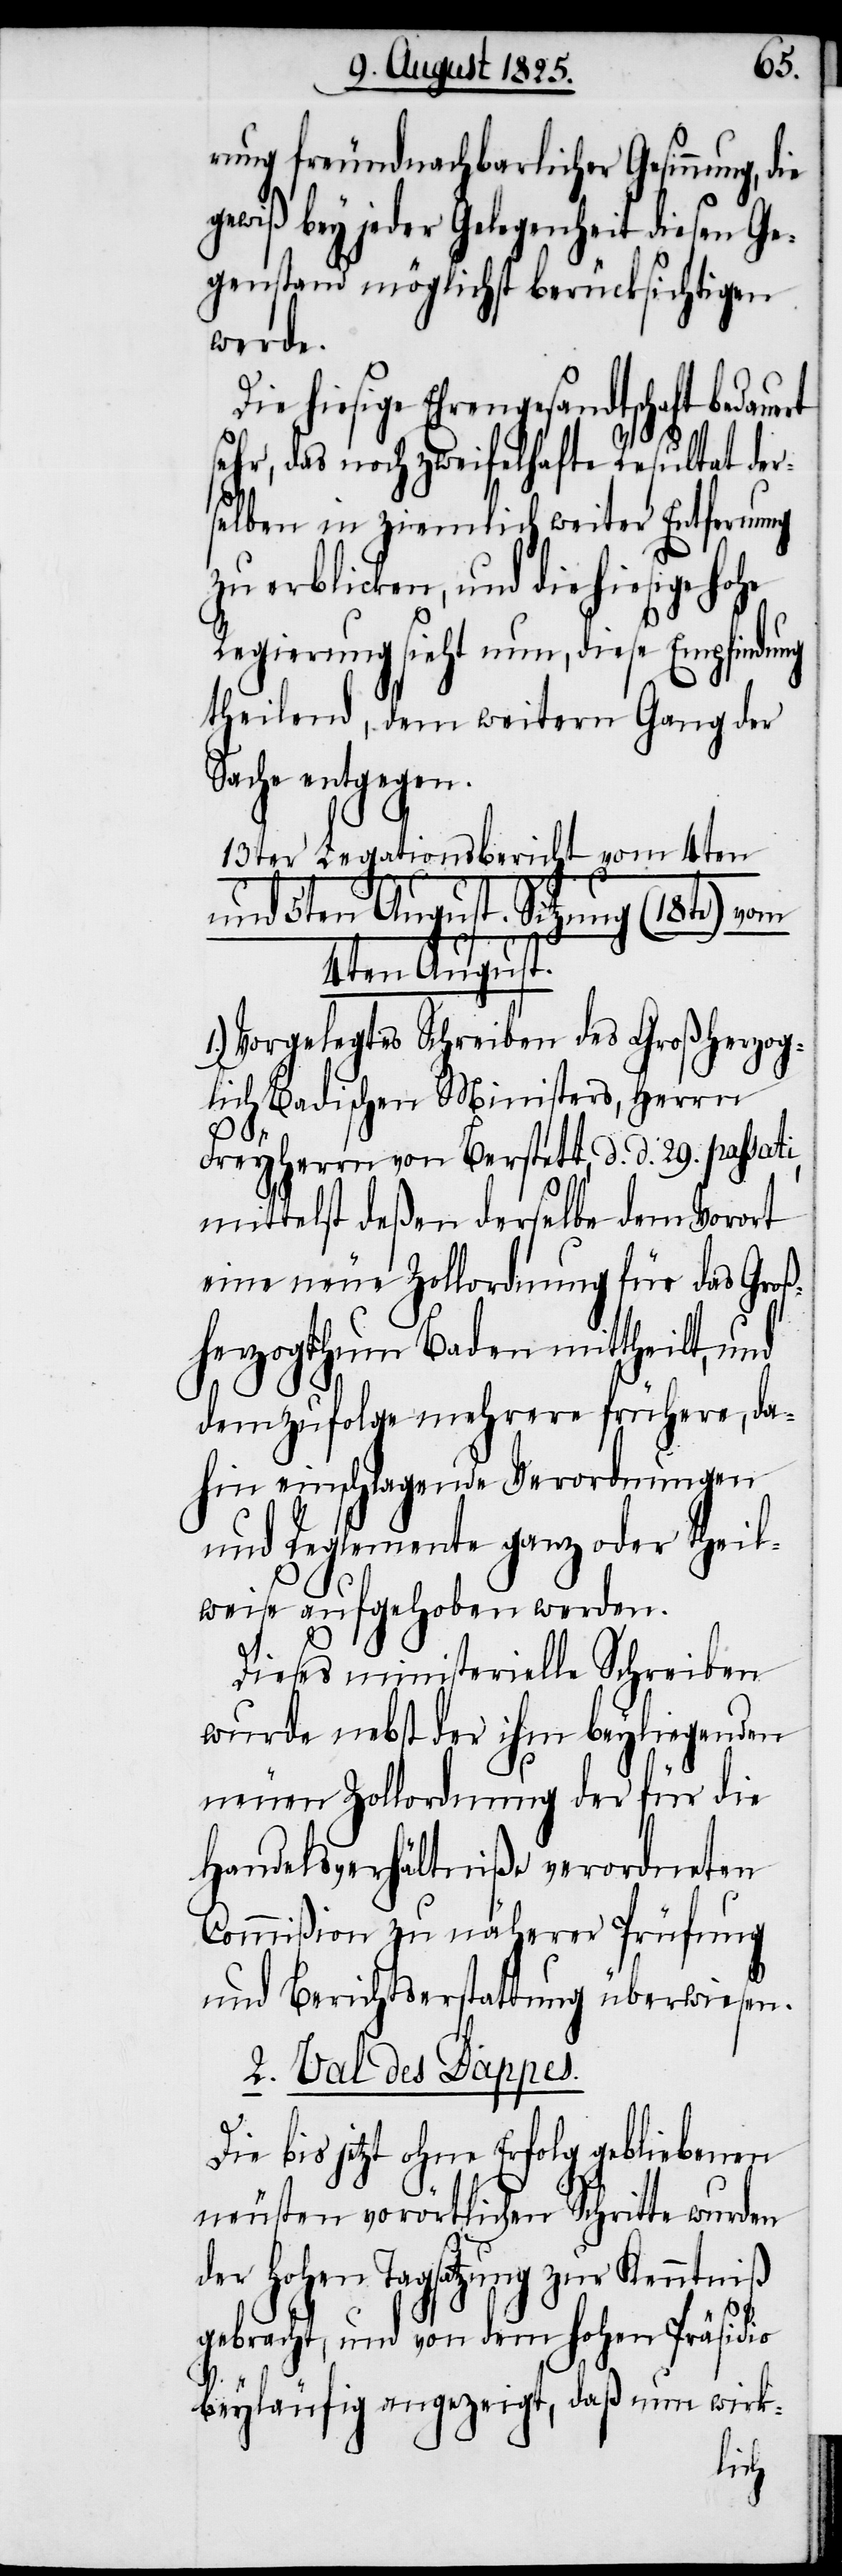
rung freundnachbarlicher Gesinnung,
gewiß bey jeder Gelegenheit diesen Ge¬
genstand möglichst berücksichtigen
werde.
Die hiesige Ehrengesandtschaft bedau¬
sehr, das noch zweifelhafte Resultat der¬
selben in ziemlich weiter Entfernung
zu erblicken, und die hiesige hohe
Regierung sieht nun, diese Empfindung
theilend, dem weitern Gang der
Sache entgegen.
13ter Legationsbericht vom 4ten
und 5ten August. Sitzung (18ter) vom
4ten August.
1.) Vorgelegtes Schreiben des Großherzog¬
lich Badischen Ministers, Herrn
Freyherrn von Berstett, d. d. 29. passati,
mittelst deßen derselbe dem Vorort
eine neue Zollordnung für das Groß¬
herzogthum Baden mittheilt, und
demzufolge mehrere frühere, da¬
hin einschlagende Verordnungen
und Reglemente ganz oder theil¬
weise aufgehoben werden.
Dieses ministerielle Schreiben
wurde nebst der ihm beyliegenden
neuen Zollordnung der für die
Handelsverhältniße verordneten
Commißion zu näherer Prüfung
und Berichtserstattung überwiesen.
2. Val des Dappes.
ert
Die bis jetzt ohne Erfolg gebliebenen
neusten vorörtlichen Schritte wurden
der hohen Tagsatzung zur Kenntniß
gebracht, und von dem hohen Präsidio
beyläufig angezeigt, daß nun wirk-